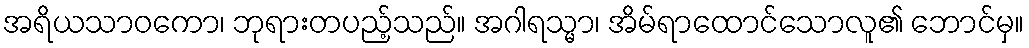
အရိယသာဝကော၊ ဘုရားတပည့်သည်။ အဂါရသ္မာ၊ အိမ်ရာထောင်သောလူ၏ ဘောင်မှ။